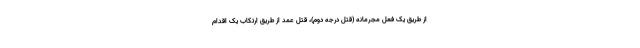
از طریق یک فعل مجرمانه (قتل درجه دوم)، قتل عمد از طریق ارتکاب یک اقدام